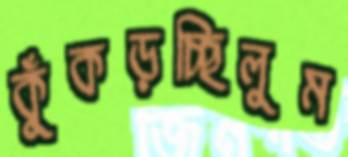
কুঁকড়চ্ছিলুম